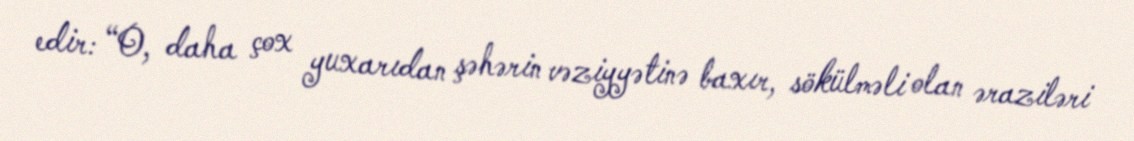
edir: “O, daha çox yuxarıdan şəhərin vəziyyətinə baxır, sökülməli olan əraziləri